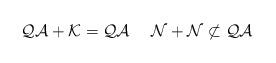
LaTeX: \begin{align*}\mathcal Q\mathcal A + \mathcal K = \mathcal Q\mathcal A \ \ \ \ \mathcal N + \mathcal N \not\subset \mathcal Q \mathcal A \end{align*}